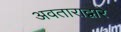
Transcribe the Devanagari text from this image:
अवताराद्वारे